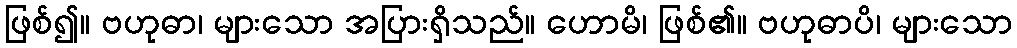
ဖြစ်၍။ ဗဟုဓာ၊ များသော အပြားရှိသည်။ ဟောမိ၊ ဖြစ်၏။ ဗဟုဓာပိ၊ များသော